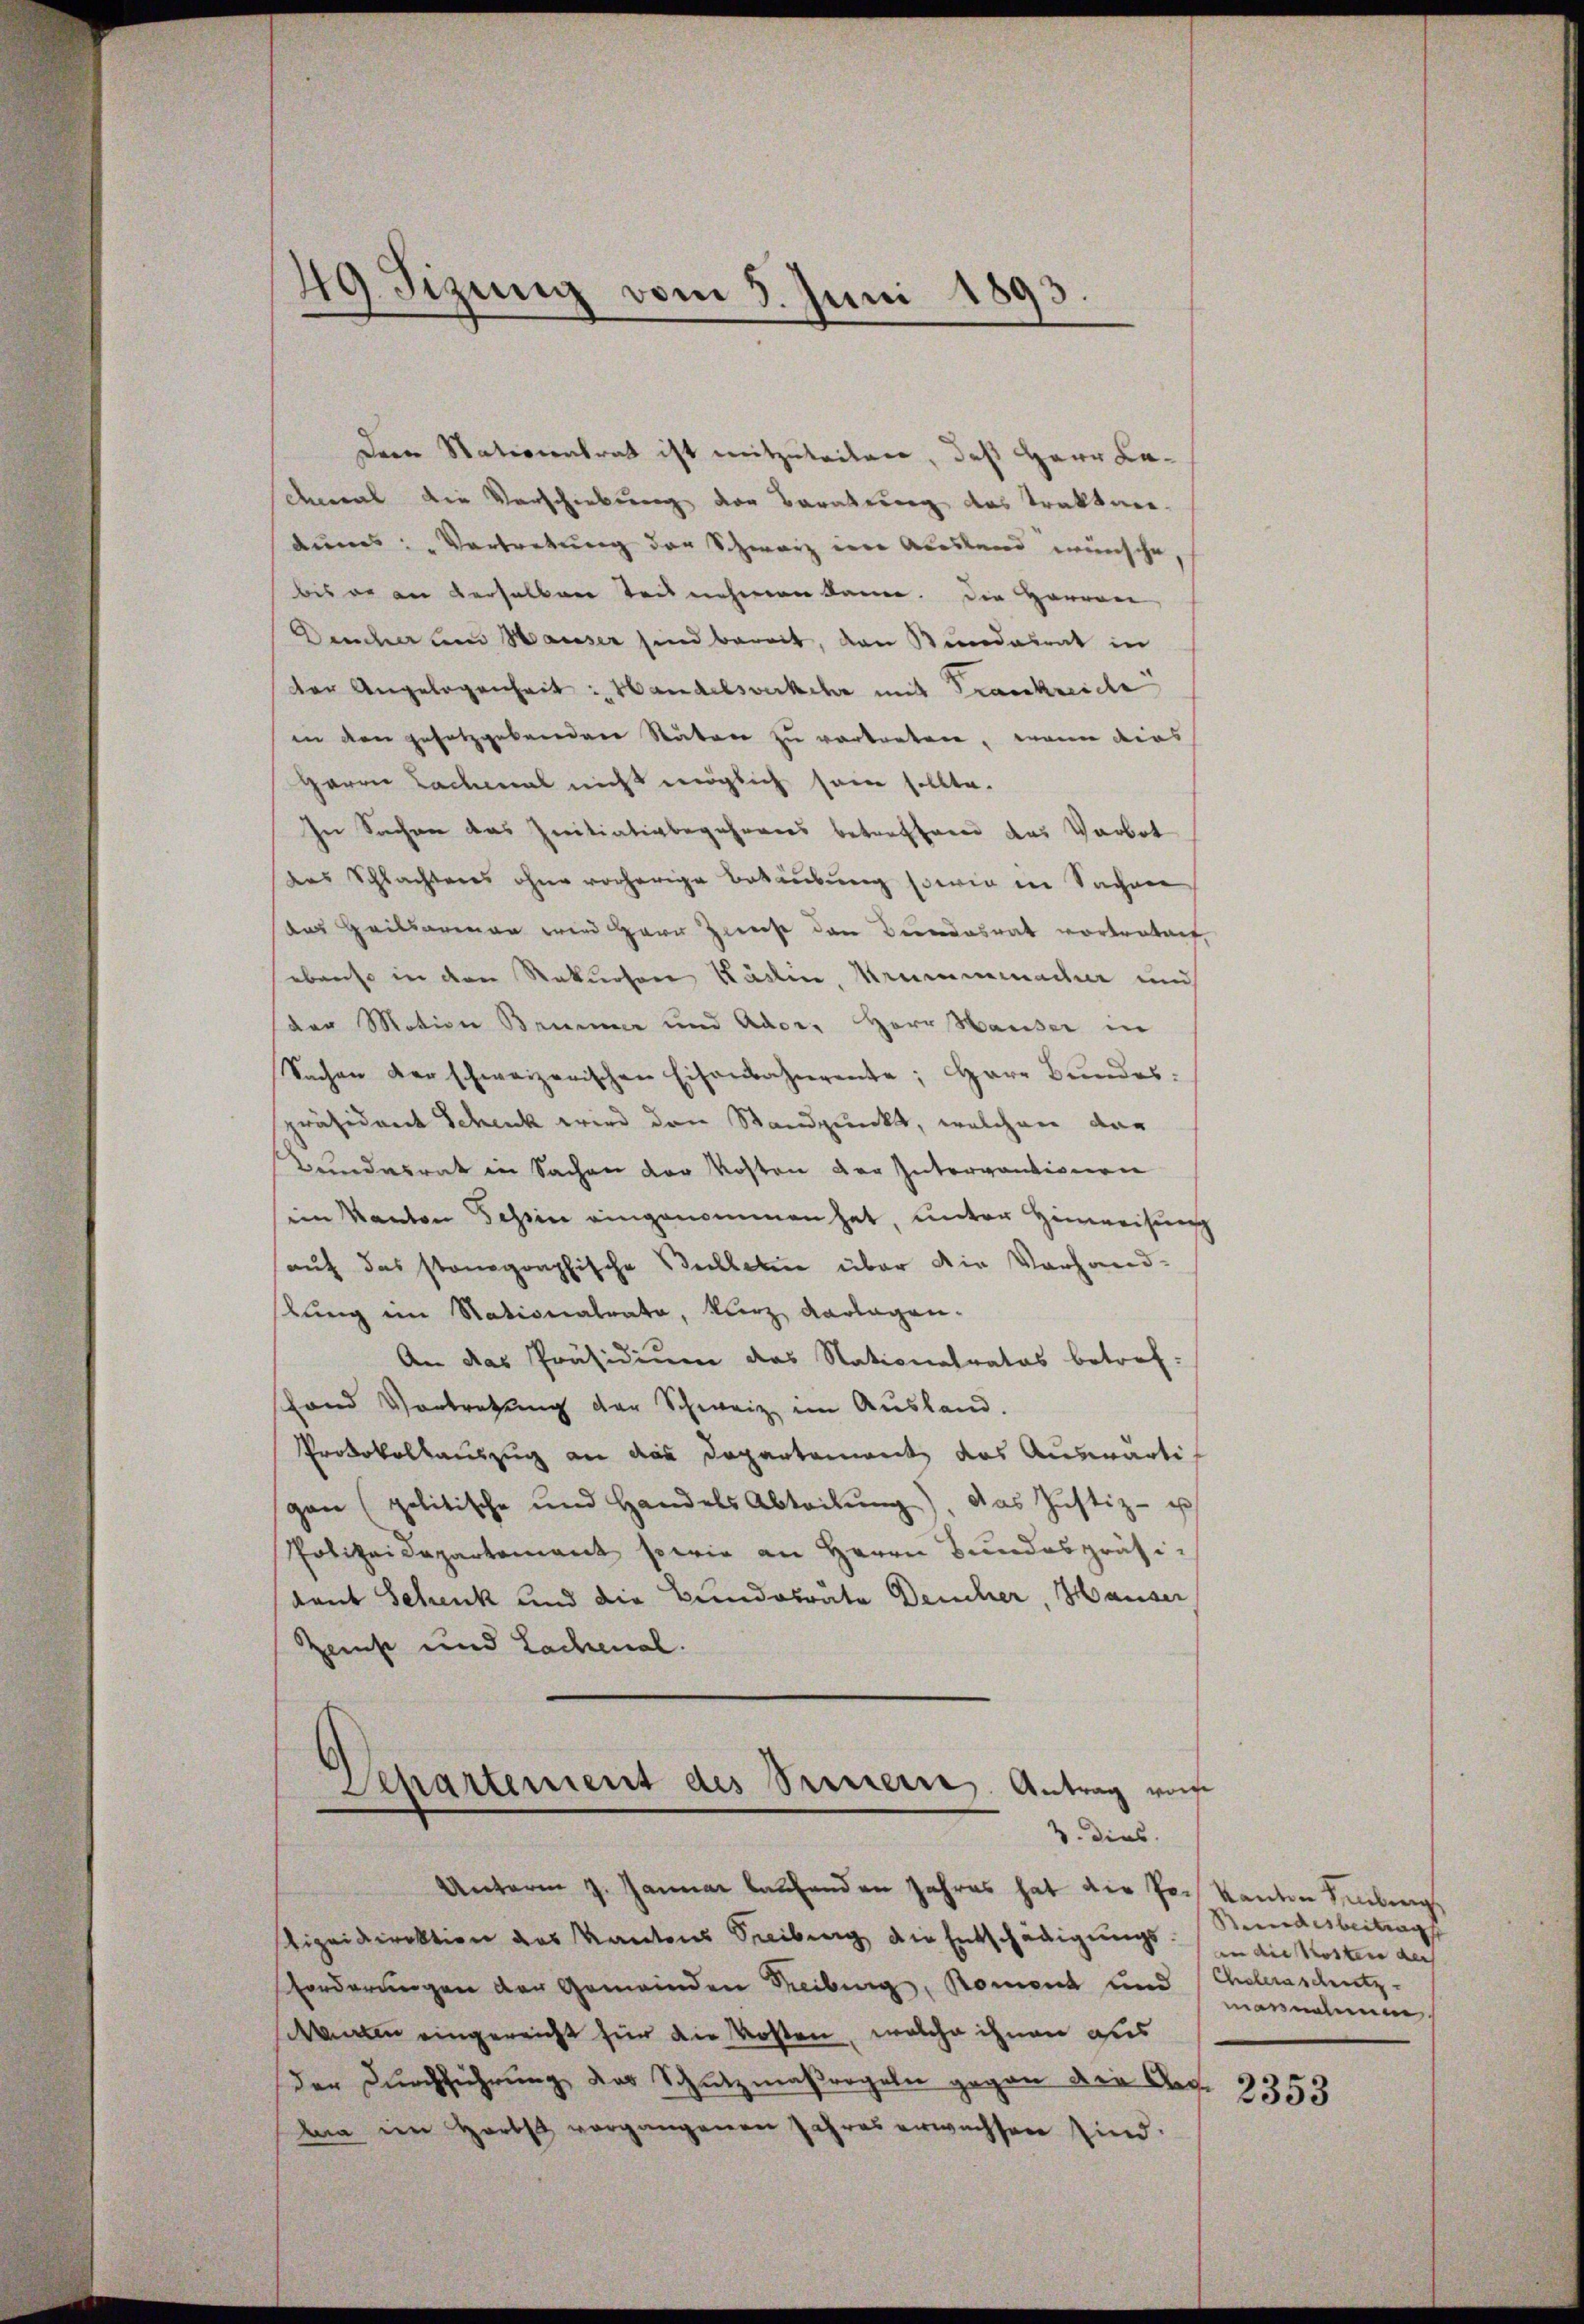
49. Sizung vom 5. Juni 1893.

Der Nationalrat ist mitzuteilen, daß Herr Ladmal die Vorschiebung der Beratung des Traktaedumt: „Vertretung der Schwarz im Ausland wünsche
bis er an derselben Teilnehmen kann. Die Herren
Dencher und Hauser sind bereit, den Bundesrat in
der Angelegenheit: Handelsverkehr mit Frankreiche
in den gesetzgebenden Stuten zu vertreten, wenn dies
Herrn Lachmal nicht möglich sein sollte.
In Sachen das Initiativbegehrens betreffend das Verbot
das Schlachteres ohne vorherige Betäubung sowie in Sachen
das Heilsarmen wird Herr Zweise den Bundesrat vortreten,
ebenso in den Rekursore Käslin, Krummmacher und
der Motion Baumer und Ador. Herr Hauser in
Sachen der schweizerischen Eisenbahnerente; Herr Bundes:
präsident Schenk wird den Standpunkt, welchen dar
Bundesrat in Sachen der Kosten der Intervantinnern
sein Kanton Schin eingenommen hat, unter Hinweisung
auf das stonographische Verleben über die Vorhandlung ein Nationalrata, kurz vorlagen¬
An das Präsidium das Nationalrates betref-
Hand Vortretung der Schweiz im Ausland.
Protokollauszug an das Departement das Auswärtig
gan (politische und Handels Abteilŭng, das Justiz- u
Polizeidepartement sowie an Herrn Bundespräsidant Schenk und die Bundesräte Deucher, Hauser
zens und Lachenal.

Departement des Seiner Antrag von
. dies
Unterm 7. Januar laufenden Jahres hat die Pr. Kanton Hebung

slizeidirektion des Kantons Seeiburg die Entschädigungs- (in die Kosten der
Forderungen der Gemeinden Treiburg, Roment und Choleraschutz-
canten eingereicht für die Kosten, welche ihnen aus
der Durchführung das Schutzmaßregeln gegen den Gegba im Herbst vorgangenen Jahres erwachsen sind.

Bundesbeitrag
mannahm

2353